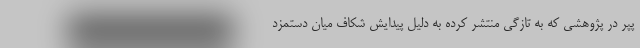
پپر در پژوهشی که به تازگی منتشر کرده به دلیل پیدایش شکاف میان دستمزد